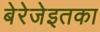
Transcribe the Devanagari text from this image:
बेरेजेइतका